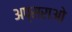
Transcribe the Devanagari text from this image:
अप्सराओ